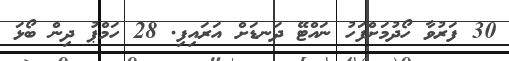
30 ފަރުވާ ހޯދުމަށްފަހު ނައްޓޭ ދަނޑަށް އަރައިފި. 28 ހަމްޕު ދިން ބޯޅަ